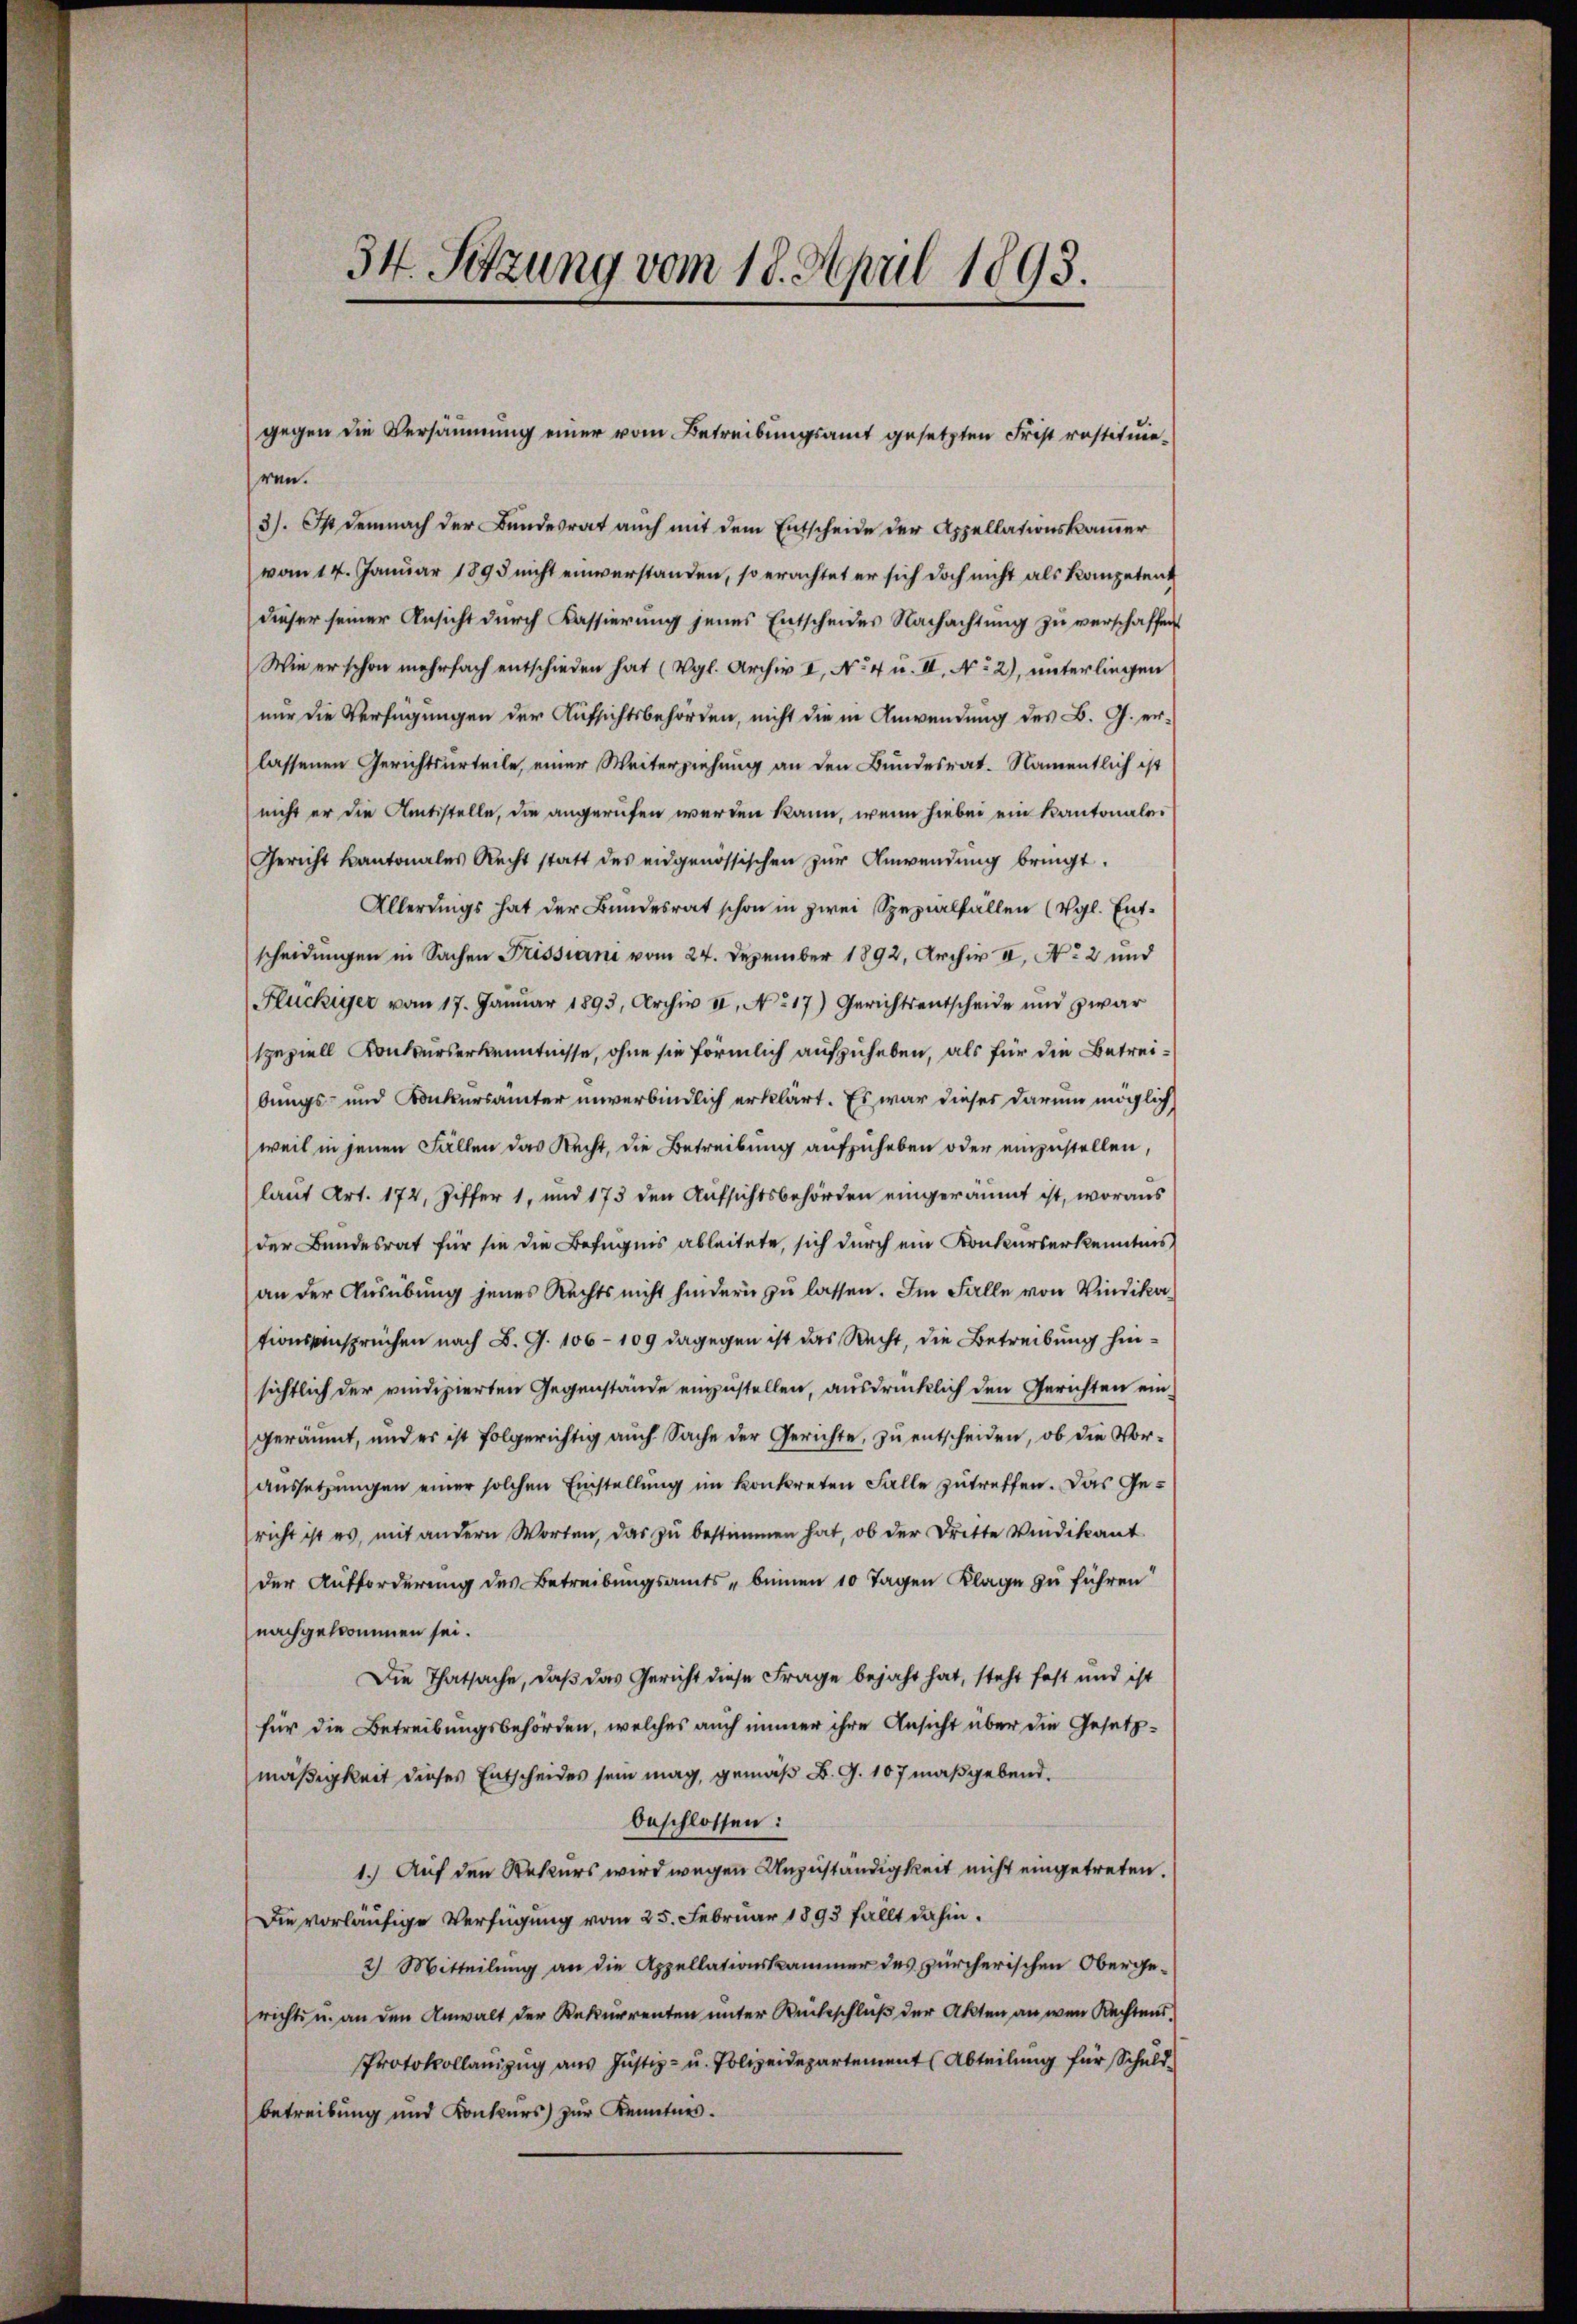
34. Setzung vom 18. April 1893.

ren.
3). Ist demnach der Bundesrat auch mit dem Entscheide der Appellationskammer
vom 14. Januar 1895 nicht einverstanden, so erachtet er sich doch nicht als Kompetent
dieser seiner Ansicht durch Kassierung jenes Entscheides Nachachtŭng zŭ verschaffen
Wie er schon mehrfach entschieden hat (Vgl. Archiv II, No 4 u. II, No 2), unterliegen
nur die Verfügungen der Aufsichtsbehörden, nicht die in Anwendung des B. G. er-
lassenen Gerichtsurteile, einer Weiterziehung an den Bundesrat. Namentlich ist
nicht er die Amtsstelle, die angerufen werden kann, wenn hiebei ein Kantonalei
Gericht kantonales Recht statt des eidgenössischen zŭr Anwendung bringt.
Allerungs hat der Bundesrat schon in zwei Spezialfällen (vgl. Ent-
scheidungen in Sachen Frissiani vom 24. Dezember 1892, Archiv II, No 2 und
Flückiger vom 17. Janŭar 1893, Archiv II, No 17) Gerichtsentscheide und zwar
speziell Konkurserkenntnisse, ohne sie förmlich aufzuheben, als für die Betreibungs- und Konkursämter unverbindlich erklärt. Es war dieses darum möglich
weil in jenen Fällen das Recht, die Betreibung aufzuheben oder einzustellen,
laut Art. 172, Ziffer 1, und 173 den Aufsichtsbehörden eingeräumt ist, woraus
der Bandesrat für sie die Befugnis ableitete, sich durch ein Konkurserkenntnis
an der Ausübung jenes Rechts nicht hindern zu lassen. Im Falle von Windikationssinsprüchen nach B. G. 106 - 109 dagegen ist das Recht, die Betreibung hinsichtlich der vindizierten Gegenstände einzustellen, ausdrücklich den Gerichten eingeräumt, und es ist folgerichtig auch Sache der Gerichte, zu entscheiden, ob die Voraussetzungen einer solchen Einstellung im konkreten Falle zutreffen. Das Gericht ist es, mit andern Worten, das zŭ bestimmen hat, ob der Dritte Windikant.
der Aufforderung des Betreibungsamts - binnen 10 Tagen Klage zu führen
nachgekommen sei.
Die Thatsache, daß das Gericht diese Frage bejaht hat, steht fest und ist
für die Betreibungsbehörden, welches auch immer ihre Ansicht über die Gesetz-
mäßigkeit dieses Entscheides sein mag, gemäß B. G. 107 maßgebend.
beschlossen:
1.) Auf den Rekurs wird wegen Unzuständigkeit nicht eingetreten.
Die vorläufige Verfügung vom 25. Februar 1893 fällt dahin.
2) Mitteilung an die Appellationskammer des zürcherischen Oberge-
richte u. an den Anwalt der Rekurrenten unter Rückschluß der Akten an wenn Rechtens
PProtokollanzug aus Justiz- u. Polizeidepartement (Abteilung für Schuld-
betreibung und Konkurs) zur Kenntnis.

gegen die Versäumung einer vom Betreibungsamt gesetzten Frist rostituie¬